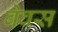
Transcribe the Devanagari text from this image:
बेवस